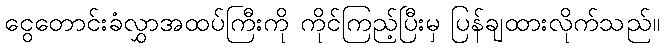
ငွေတောင်းခံလွှာအထပ်ကြီးကို ကိုင်ကြည့်ပြီးမှ ပြန်ချထားလိုက်သည်။